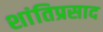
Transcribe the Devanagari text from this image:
शांतिप्रसाद